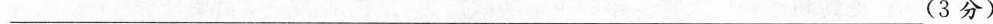
___(3分)